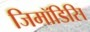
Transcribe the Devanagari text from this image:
जिमॉडिसि